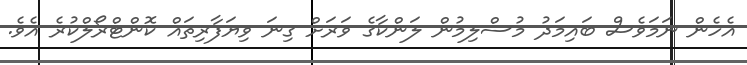
އެހެން ނަމަވެސް ބައިމަދު މުސްލިމުން ލަންކާގެ ވަރަށް ގިނަ ވިޔަފާރިތައް ކޮންޓްރޯލްކުރެ އެެވެ.